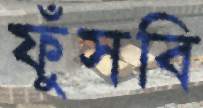
ফুঁসবি